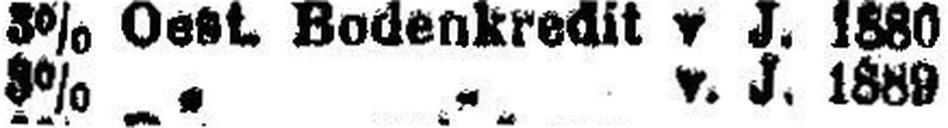
3% „ „ v. J. 1889